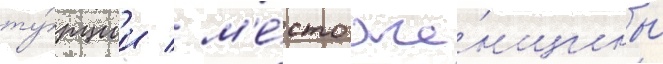
ту́рции / м'е́сто же́нщины